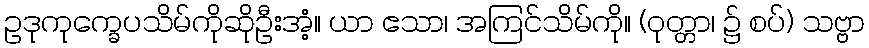
ဥဒုကုက္ခေပသိမ်ကိုဆိုဦးအံ့။ ယာ ဧသာ၊ အကြင်သိမ်ကို။ (ဝုတ္တာ၊ ၌ စပ်) သဗ္ဗာ